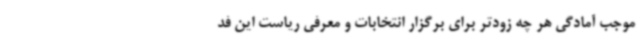
موجب آمادگی هر چه زودتر برای برگزار انتخابات و معرفی ریاست این فد